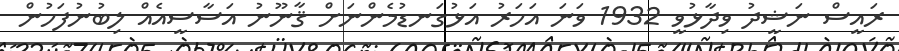
ރައީސް ނަޝީދު ވިދާޅުވީ 1932 ވަނަ އަހަރު އަޅުގަނޑުމެންނަށް ޤާނޫނު އަސާސީއެއް ލިބުނުފަހުން